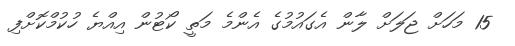
15 މަހަށް ޖަލަށް ލާން އެގައުމުގެ އެންމެ މަތީ ކޯޓުން އިއްޔެ ހުކުމްކޮށްފި